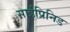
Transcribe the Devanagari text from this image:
साईप्रिनिड